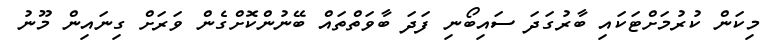
މިކަން ކުރުމަށްޓަކައި ބާރުގަދަ ސައިބޯނި ފަދަ ބާވަތްތައް ބޭނުންކޮށްގެން ވަރަށް ގިނައިން މޫނު